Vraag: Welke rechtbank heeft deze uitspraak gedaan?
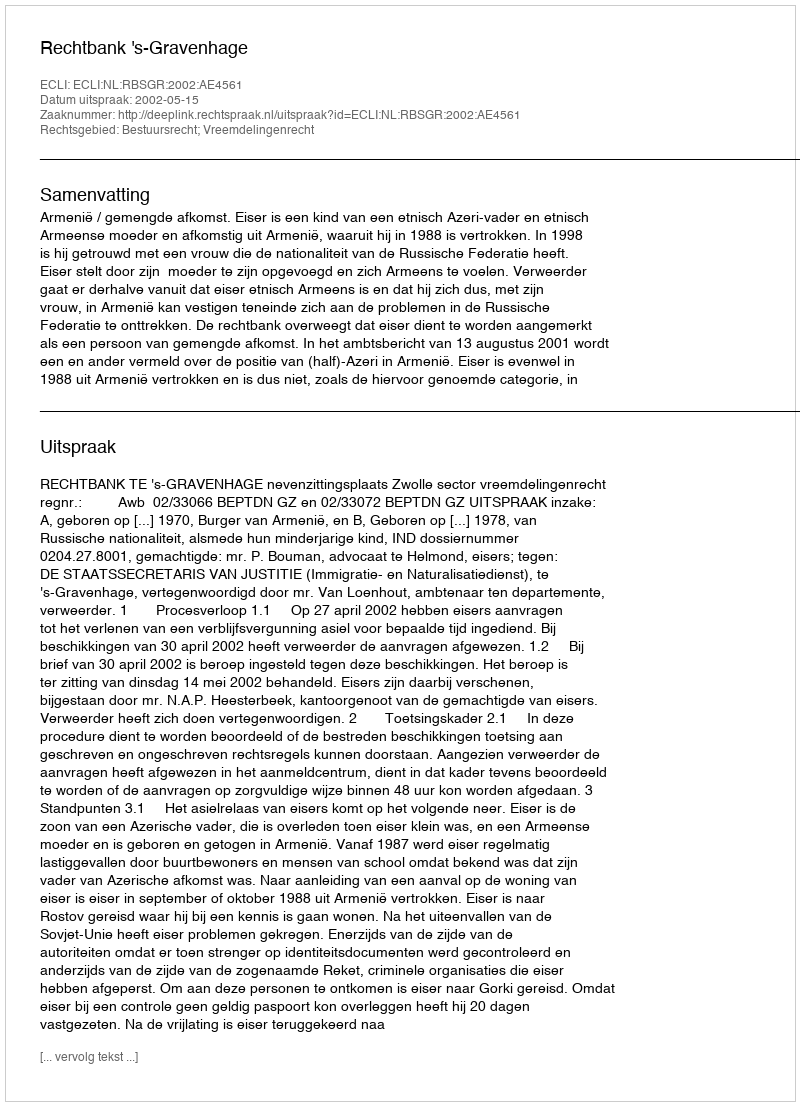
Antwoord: Rechtbank 's-Gravenhage